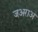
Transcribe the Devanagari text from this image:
जअराअ